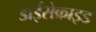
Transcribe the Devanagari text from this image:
डाईसेक्राइड